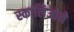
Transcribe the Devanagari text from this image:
स्कालिओने